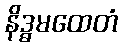
နိဒ္ဓမထေတံ